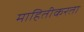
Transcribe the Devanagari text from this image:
माहितीकरता